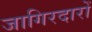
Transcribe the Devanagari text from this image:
जागिरदारों